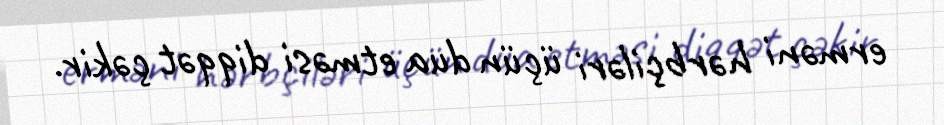
erməni hərbçiləri üçün dua etməsi diqqət çəkir.